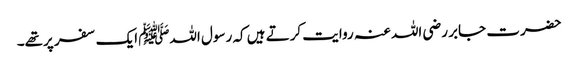
حضرت جابر رضی اللہ عنہ روایت کرتے ہیں کہ رسول اللہﷺ ایک سفر پرتھے۔